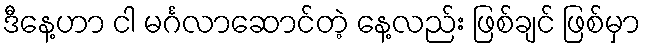
ဒီနေ့ဟာ ငါ မင်္ဂလာဆောင်တဲ့ နေ့လည်း ဖြစ်ချင် ဖြစ်မှာ